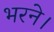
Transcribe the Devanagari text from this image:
भरने।